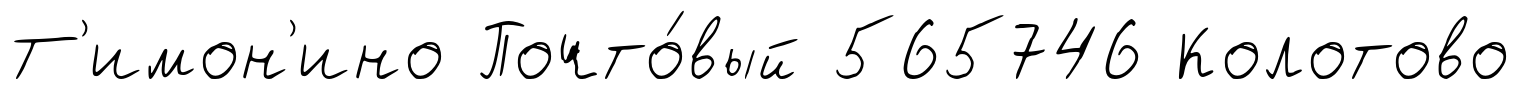
Т'имон'ино Почто́вый 565746 Колотово